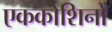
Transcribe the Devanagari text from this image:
एककोशिनों